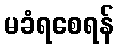
မခံရစေရန်